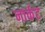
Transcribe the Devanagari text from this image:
नार्कट